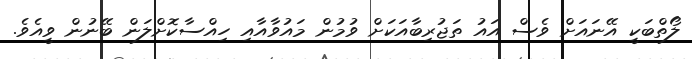
ލޯތްބަކީ އޭނައަށް ވެސް އައު ތަޖުރިބާއަކަށް ވުމުން މައުވާއާއި ހިއްސާކޮށްލަން ބޭނުން ވީއެވެ.